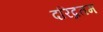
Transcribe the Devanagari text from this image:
दरिद्रतम